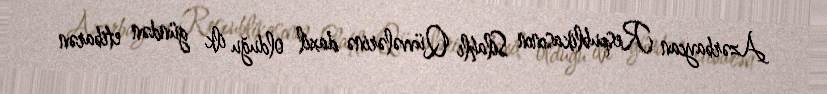
Azərbaycan Respublikasının Silahlı Qüvvələrinə daxil olduğu ilk gündən etibarən